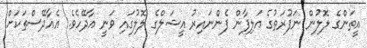
އީތަންގެ ލޮލުން ނަފުރަތުގެ އަލިފާން ފެންނައިރު އީޝަލްގެ ލޮލުގައި ވަނީ އާދޭހެވެ. އެއާދޭސްތަކަށް